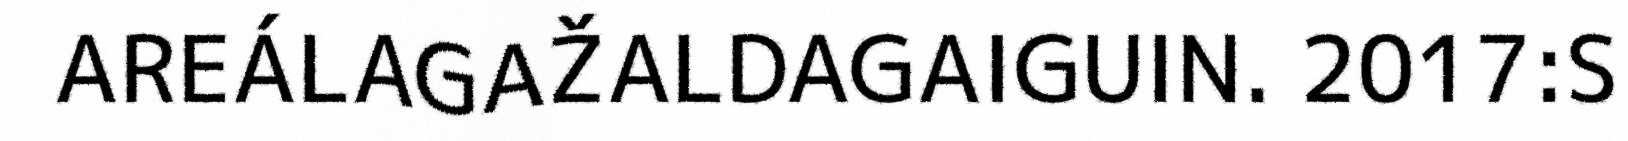
AREÁLAGAŽALDAGAIGUIN. 2017:S